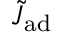
\tilde { J } _ { \mathrm { { a d } } }